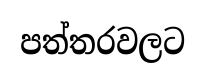
පත්තරවලට